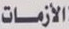
الأزمات